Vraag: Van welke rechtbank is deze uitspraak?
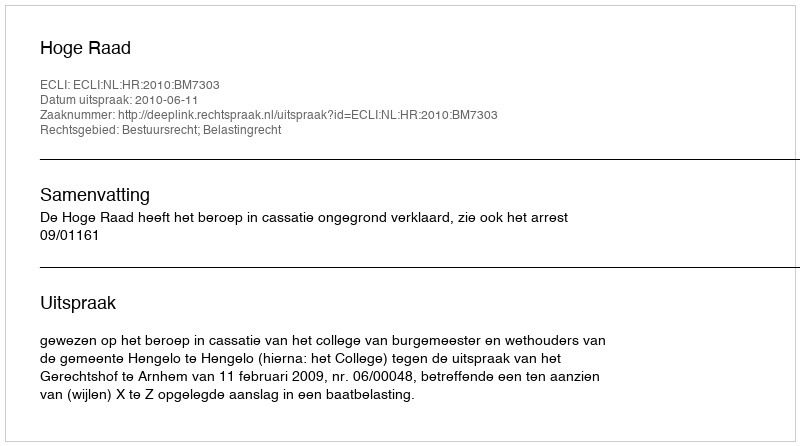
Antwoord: Hoge Raad